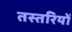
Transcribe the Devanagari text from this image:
तस्तरियों